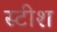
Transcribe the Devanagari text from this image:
स्टीश